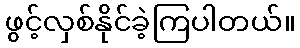
ဖွင့်လှစ်နိုင်ခဲ့ကြပါတယ်။